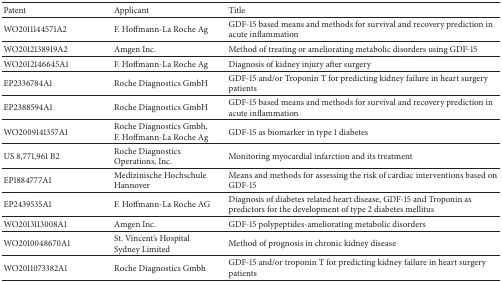
| Patent | Applicant | Title |
 | --- | --- | --- |
 | WO2011144571A2 | F. Hoffmann-La Roche Ag | GDF-15 based means and methods for survival and recovery prediction in acute inflammation |
 | WO2012138919A2 | Amgen Inc. | Method of treating or ameliorating metabolic disorders using GDF-15 |
 | WO2012146645A1 | F. Hoffmann-La Roche Ag | Diagnosis of kidney injury after surgery |
 | EP2336784A1 | Roche Diagnostics GmbH | GDF-15 and/or Troponin T for predicting kidney failure in heart surgery patients |
 | EP2388594A1 | Roche Diagnostics GmbH | GDF-15 based means and methods for survival and recovery prediction in acute inflammation |
 | WO2009141357A1 | Roche Diagnostics Gmbh, F. Hoffmann-La Roche Ag | GDF-15 as biomarker in type 1 diabetes |
 | US 8,771,961 B2 | Roche Diagnostics Operations, Inc. | Monitoring myocardial infarction and its treatment |
 | EP1884777A1 | Medizinische Hochschule Hannover | Means and methods for assessing the risk of cardiac interventions based on GDF-15 |
 | EP2439535A1 | F. Hoffmann-La Roche AG | Diagnosis of diabetes related heart disease, GDF-15 and Troponin as predictors for the development of type 2 diabetes mellitus |
 | WO2013113008A1 | Amgen Inc. | GDF-15 polypeptides-ameliorating metabolic disorders |
 | WO2010048670A1 | St. Vincent's Hospital Sydney Limited | Method of prognosis in chronic kidney disease |
 | WO2011073382A1 | Roche Diagnostics Gmbh | GDF-15 and/or troponin T for predicting kidney failure in heart surgery patients |